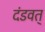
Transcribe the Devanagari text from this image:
दंडवत्‌